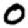
Digit: 0